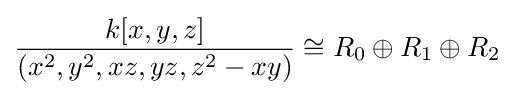
{\frac {k[x,y,z]}{(x^{2},y^{2},xz,yz,z^{2}-xy)}}\cong R_{0}\oplus R_{1}\oplus R_{2}